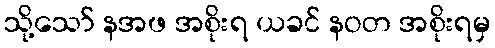
သို့သော် နအဖ အစိုးရ ယခင် နဝတ အစိုးရမှ